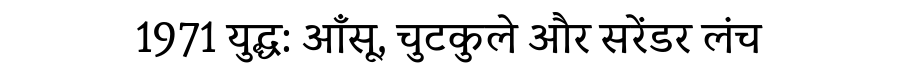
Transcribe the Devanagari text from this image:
1971 युद्ध: आँसू, चुटकुले और सरेंडर लंच